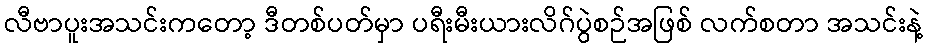
လီဗာပူးအသင်းကတော့ ဒီတစ်ပတ်မှာ ပရီးမီးယားလိဂ်ပွဲစဉ်အဖြစ် လက်စတာ အသင်းနဲ့